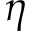
\boldsymbol { \eta }